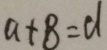
a + 8 = d